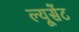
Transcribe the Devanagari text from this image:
ल्यूसेंट